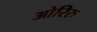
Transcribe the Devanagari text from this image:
ओरिरु